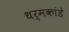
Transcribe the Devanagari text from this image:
धर्मकांडे